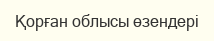
Қорған облысы өзендері